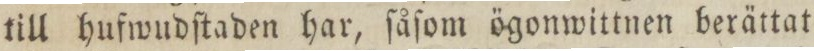
till hufwudſtaden har, ſåſom ögonwittnen berättat